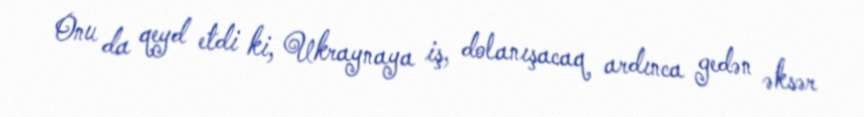
Onu da qeyd etdi ki, Ukraynaya iş, dolanışacaq ardınca gedən əksər